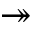
\twoheadrightarrow